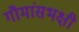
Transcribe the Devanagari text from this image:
गौमांसभक्षी